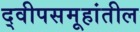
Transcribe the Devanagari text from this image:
द्वीपसमूहांतील